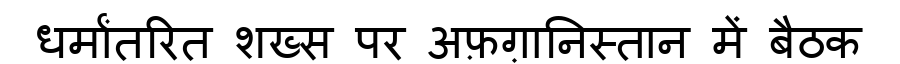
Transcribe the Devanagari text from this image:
धर्मांतरित शख्स पर अफ़ग़ानिस्तान में बैठक